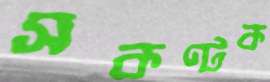
সকণ্টক